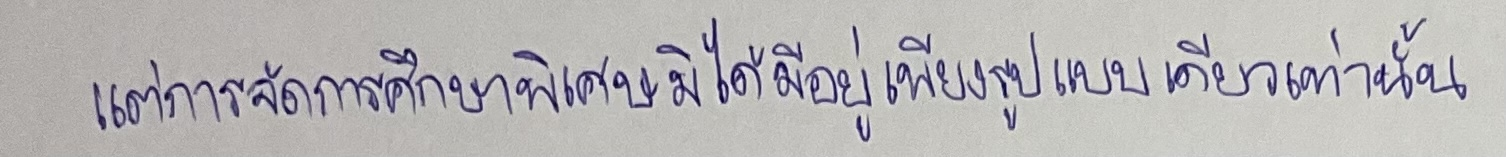
แต่การจัดการศึกษาพิเศษมิได้มีอยู่เพียงรูปแบบเดียวเท่านั้น